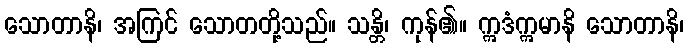
သောတာနိ၊ အကြင် သောတတို့သည်။ သန္တိ၊ ကုန်၏။ ဣဒံဣမာနိ သောတာနိ၊